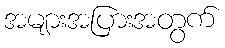
အများအပြားအတွက်